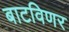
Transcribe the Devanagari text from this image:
बाटविणर